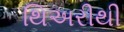
થિઅરીથી